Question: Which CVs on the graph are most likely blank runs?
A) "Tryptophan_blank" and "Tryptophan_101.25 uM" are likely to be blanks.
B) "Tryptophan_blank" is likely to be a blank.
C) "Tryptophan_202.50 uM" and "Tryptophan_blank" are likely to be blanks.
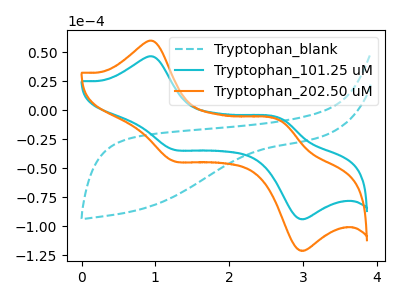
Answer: <think>The cyan dashed curve "Tryptophan_blank" has no peaks. The cyan curve "Tryptophan_101.25 uM" has anodic peaks at (0.95V, 46.20uA) (2.70V, -7.50uA) and cathodic peaks at (1.25V, -33.80uA) (2.95V, -93.35uA). The orange curve "Tryptophan_202.50 uM" has anodic peaks at (0.95V, 59.60uA) (2.70V, -9.65uA) and cathodic peaks at (1.25V, -43.55uA) (2.95V, -120.40uA).</think>
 <answer>B) "Tryptophan_blank" is likely to be a blank.</answer>
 <eval>B</eval>